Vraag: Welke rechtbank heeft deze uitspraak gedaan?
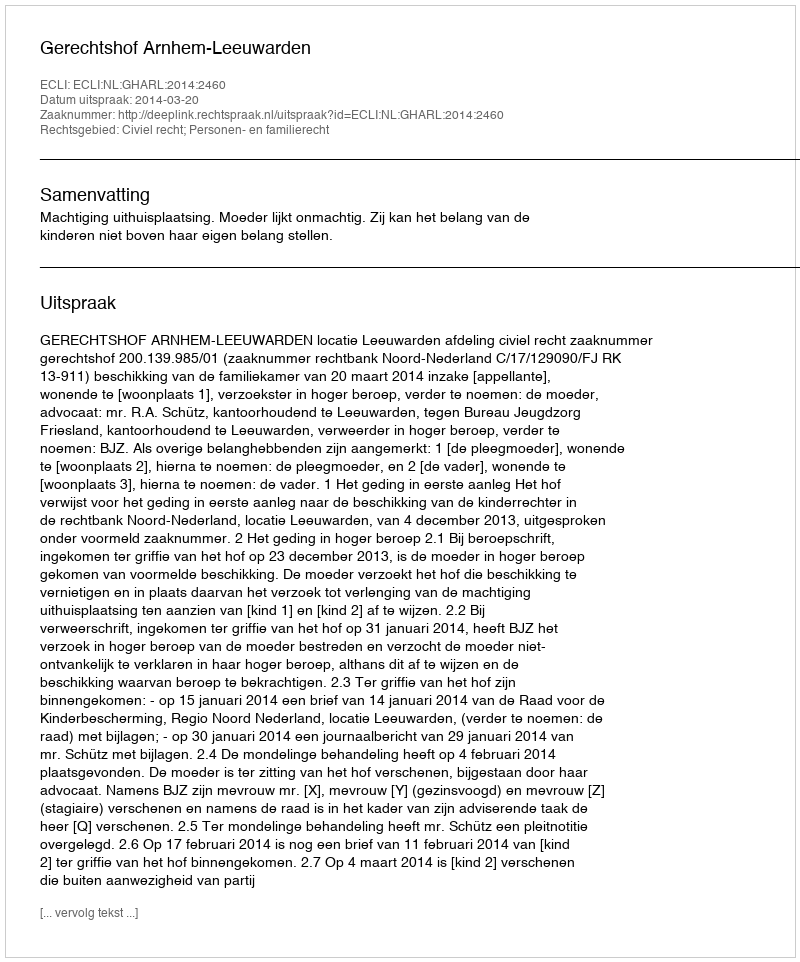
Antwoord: Gerechtshof Arnhem-Leeuwarden